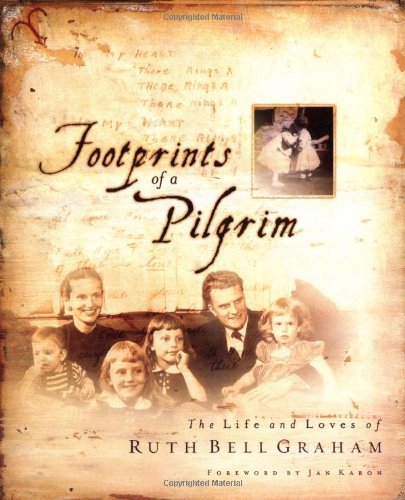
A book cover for Footprints of a Pilgrim: The Life and Loves of Ruth Bell Graham; Ruth Bell Graham; Christian Books & Bibles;